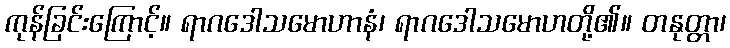
ကုန်ခြင်းကြောင့်။ ရာဂဒေါသမောဟာနံ၊ ရာဂဒေါသမောဟတို့၏။ တနုတ္တာ၊